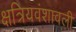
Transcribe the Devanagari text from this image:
क्षत्रियवंशावली